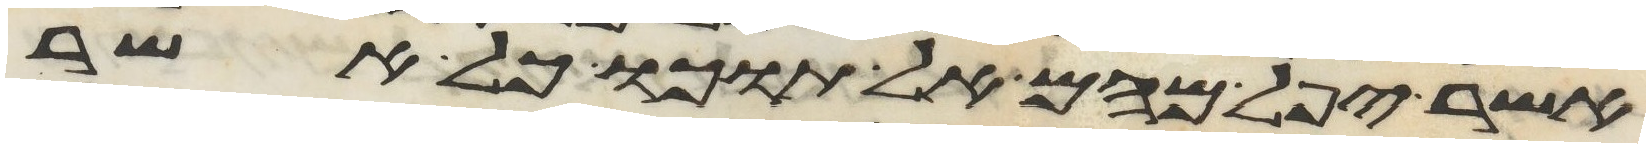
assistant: אשר יפל מהם אל תוכו כל אשר